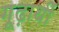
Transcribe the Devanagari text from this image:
गूढ़ार्थी